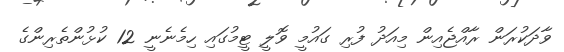
ވާދަކުރަން ރާއްޖެއިން މިއަދު ފުރި ގައުމީ ވޮލީ ޓީމުގައި ހިމެނެނީ 12 ކުޅުންތެރިންގެ